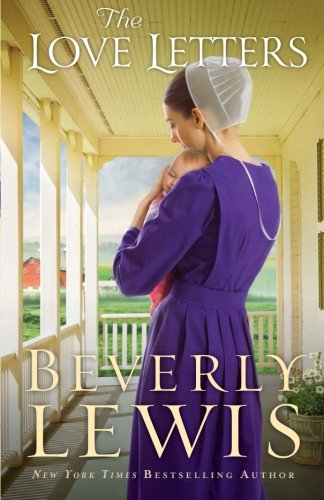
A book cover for The Love Letters; Beverly Lewis; Christian Books & Bibles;